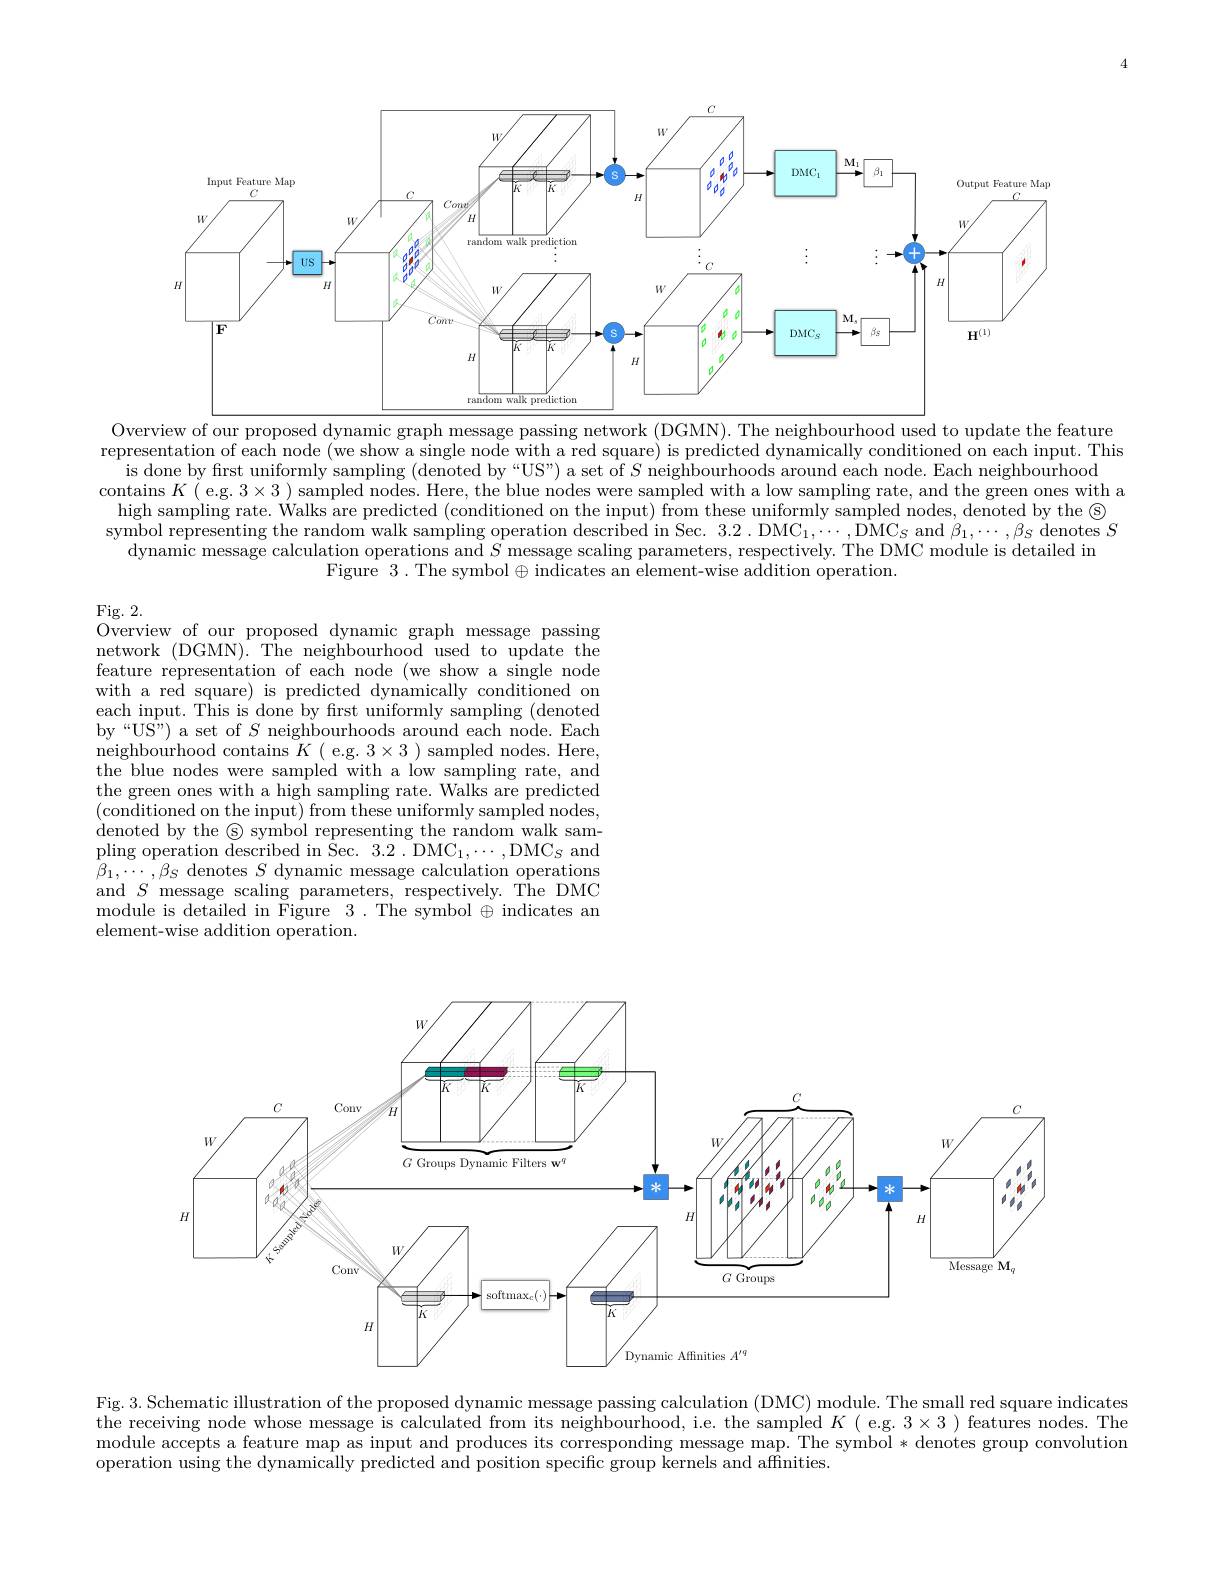
<FigureHere>
Overview of our proposed dynamic graph message passing network (DGMN). The neighbourhood used to update the feature

representation of each node (we show a single node with a red square) is predicted dynamically conditioned on each input. This
 is done by first uniformly sampling ( denoted by “ US” ) a set of $\hat{S}$ neighbourhoods around each node. Each neighbourhood
contains $K($ e.g. 3×3 ) sampled nodes. Here, the blue nodes were sampled with a low sampling rate, and the green ones with a $\text{high sampling rate. Walks are predicted ( conditioned on the input) from these uniformly sampled nodes, denoted by the \textcircled{S} }$ $\text{symbol representing the random walk sampling operation described in Sec. 3. 2 DMC}_{1}, \cdots , \mathrm{DMC}_{S}$ and $\beta _{1}, \cdots , \beta _{S}$ denot
$\overset{\text{dynamic message calculation operations and }S}$ message scaling parameters, respectively. The DMC module is detailed in
Figure 3. The symbol$\oplus\bar\text{indicates an element-wise addition operation}.$

## Fig. 2.
Overview of our proposed dynamic graph message passing

network (DGMN). The neighbourhood used to update the feature representation of each node (we show a single node with a red square) is predicted dynamically conditioned on each input. This is done by first uniformly sampling (denoted by“US”) a set of $S$ neighbourhoods around each node. Each neighbourhood contains $K($ e.g. $3\times3)$ sampled nodes. Here, the blue nodes were sampled with a low sampling rate, and the green ones with a high sampling rate. Walks are predicted (conditioned on the input) from these uniformly sampled nodes, $\mathop{\text{denoted by the }\textcircled{\mathrm{s}}}\mathop{\text{symbol representing the random walk sam-}}$ pling operation described in Sec. 3.2 . DMC$_1,\cdots$,DMC$_S$ and $\beta_{1},\cdots,\beta_{S}$ denotes $S$ dynamic message calculation operations and $S$ message scaling parameters, respectively.The DMC module is detailed in Figure 3. The symbol $\oplus$ indicates an element-wise addition operation.

<FigureHere>

Fig. 3. Schematic illustration of the proposed dynamic message passing calculation (DMC) module. The small red square indicates the receiving node whose message is calculated from its neighbourhood, i.e. the sampled $K($ e.g. $3\times3)$ features nodes. The module accepts a feature map as input and produces its corresponding message map. The symbol * denotes group convolution operation using the dynamically predicted and position specific group kernels and affinities.